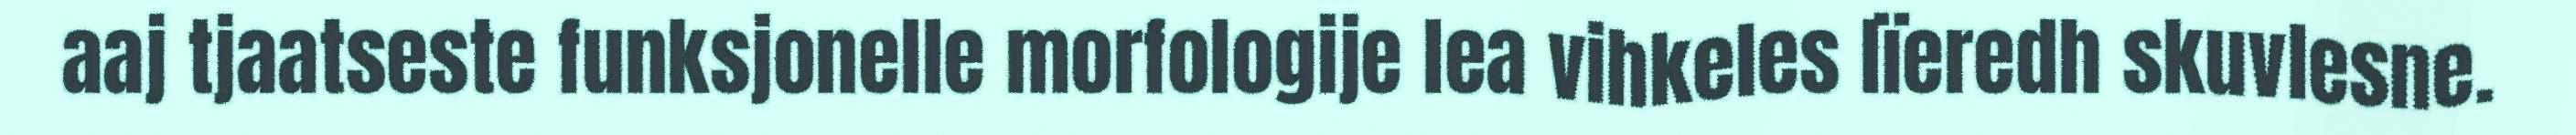
aaj tjaatseste funksjonelle morfologije lea vihkeles lïeredh skuvlesne.